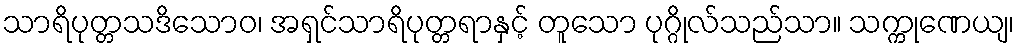
သာရိပုတ္တသဒိသောဝ၊ အရှင်သာရိပုတ္တရာနှင့် တူသော ပုဂ္ဂိုလ်သည်သာ။ သက္ကုဏေယျ၊